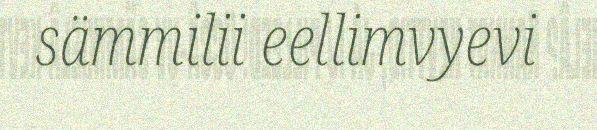
sämmilii eellimvyevi